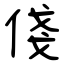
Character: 俴